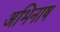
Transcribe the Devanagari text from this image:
अभिनाष